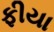
ફીયા